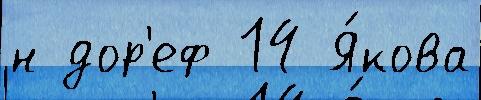
н дор'еф 14 Я́кова